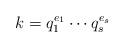
LaTeX: \begin{align*}k& = q_{1}^{e_{1}}\cdots q_{s}^{e_{s}}\end{align*}